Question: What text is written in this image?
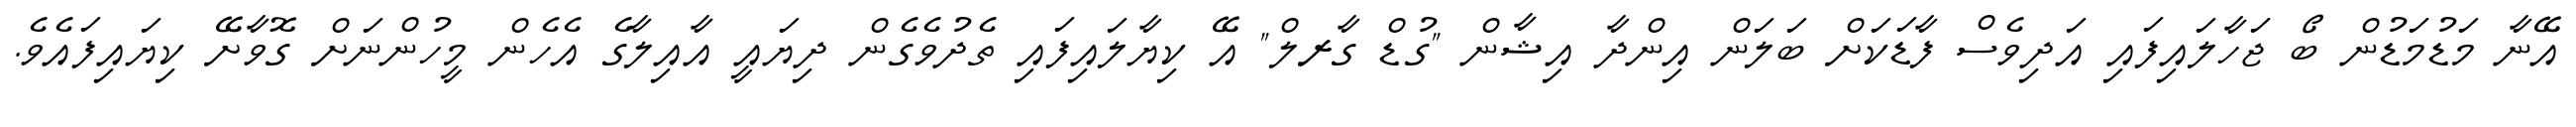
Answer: އޭނާ މަޑުމަޑުން ބޯ ޖަހާލައިފައި އަދިވެސް ފާޑަކަށް ބަލަން އިންދާ އިޝާން "ގުޑް ގާރލް" އޭ ކިޔާލައިފައި ތެދުވެގެން ދިޔައީ އާއިލާގެ އެހެން މީހުންނަށް ގޮވާށޭ ކިޔައިފައެވެ.